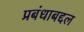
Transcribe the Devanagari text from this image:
प्रबंधाबद्दल